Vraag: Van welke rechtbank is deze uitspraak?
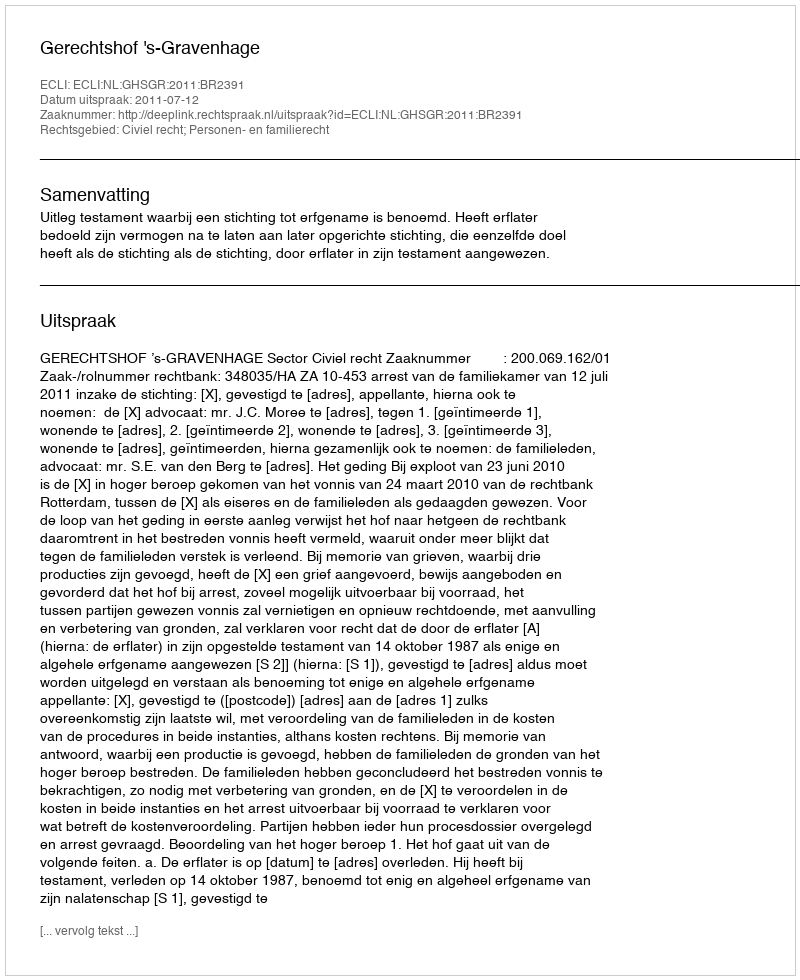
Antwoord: Gerechtshof 's-Gravenhage